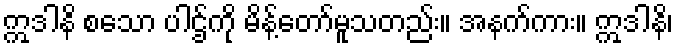
ဣဒါနိ စသော ပါဌ်ကို မိန့်တော်မူသတည်း။ အနက်ကား။ ဣဒါနိ၊